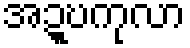
အဍ္ဎကုလာ